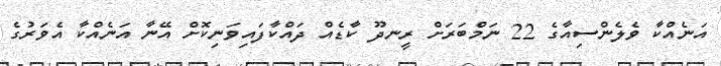
އަނެއްކާ ވެލެންސިއާގެ 22 ނަމްބަރަށް ރީނދޫ ކާޑެއް ދައްކާފައިވަނިކޮށް އޭނާ އަނެއްކާ އެވަރުގެ